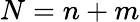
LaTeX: N=n+m